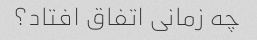
چه زمانی اتفاق افتاد؟